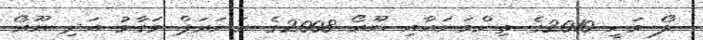
ލޯ ވަނީ 2010ގެ ތިންވަނައާއި ޔޫރޯ 2008ގެ ރަނަރަޕް މަގާމު އަދި ޔޫރޯ